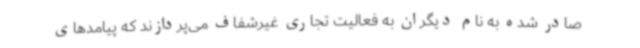
صادر شده به نام دیگران به فعالیت تجاری غیرشفاف می‌پردازند که پیامدهای